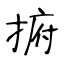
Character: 捬